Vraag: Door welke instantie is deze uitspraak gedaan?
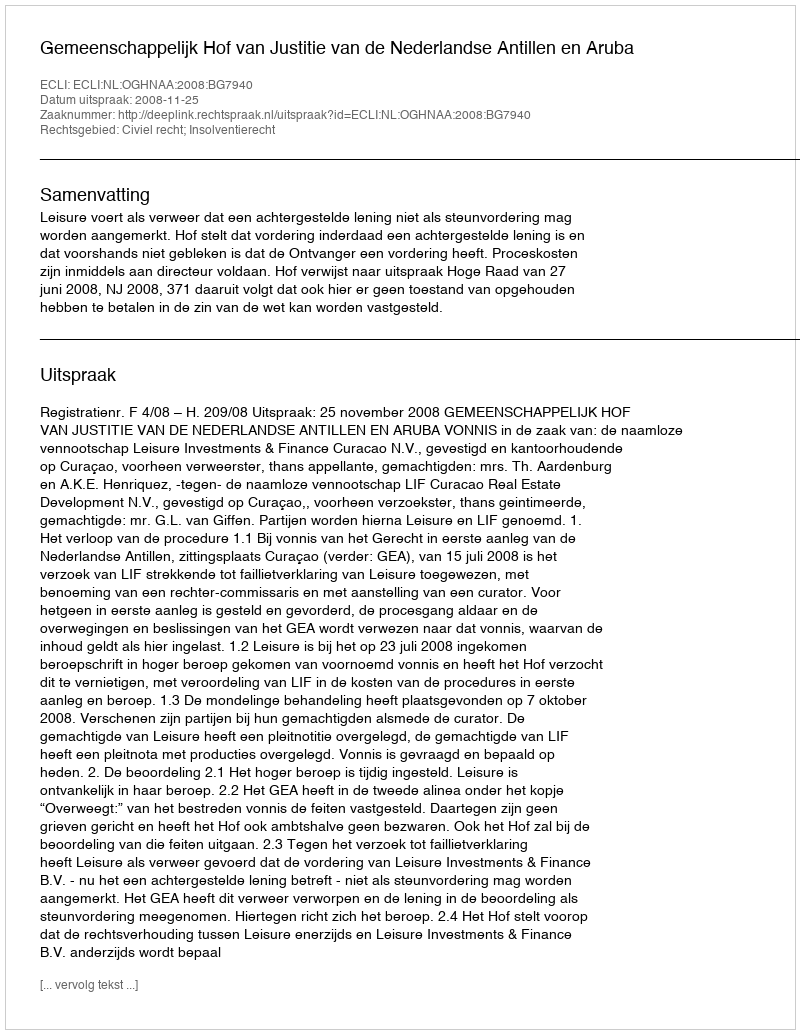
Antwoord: Gemeenschappelijk Hof van Justitie van de Nederlandse Antillen en Aruba